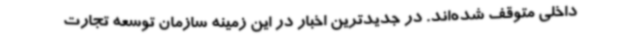
داخلی متوقف شده‌اند. در جدیدترین اخبار در این زمینه سازمان توسعه تجارت